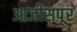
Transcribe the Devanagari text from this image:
आजीसपूर